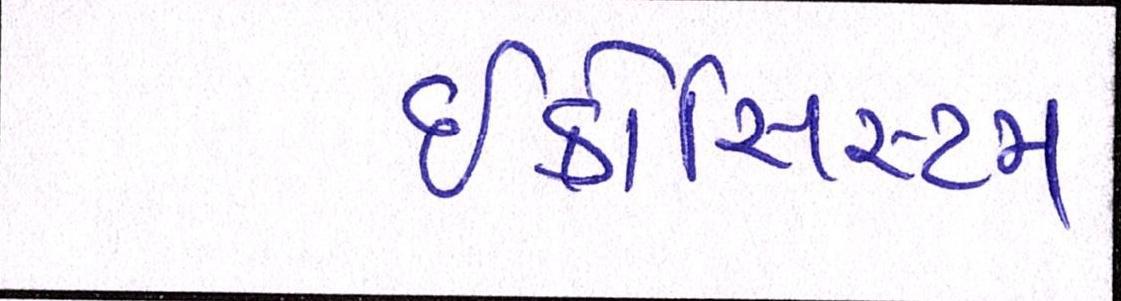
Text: ઇકોસિસ્ટમ